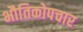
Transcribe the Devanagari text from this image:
भौतिकोपचार